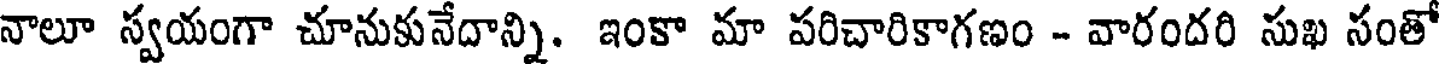
నాలూ స్వయంగా చూనుకునేదాన్ని. ఇంకా మా పరిచారికాగణం - వారందరి సుఖ సంతో